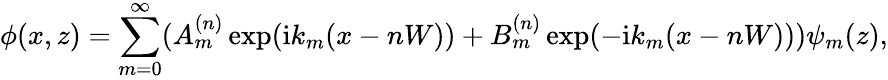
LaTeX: \phi(x,z)=\sum_{m=0}^{\infty}(A_{m}^{(n)}\exp(\mathrm{i}k_{m}(x-nW))+B_{m}^{(n)}\exp(-\mathrm{i}k_{m}(x-nW)))\psi_{m}(z),